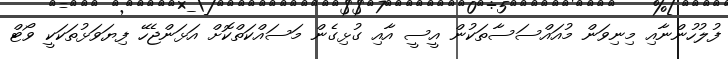
ފުލުހުންނާއި މިނިވަން މުއައްސަސާތަކުން އީސީ އާއި ގުޅިގެން މަސައްކަތްކޮށް އަޅަންޖެހޭ ފިޔަވަޅުތަކަކީ ވޯޓް